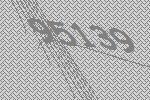
95139